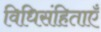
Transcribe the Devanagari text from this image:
विधिसंहिताएँ